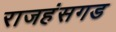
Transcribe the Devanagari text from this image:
राजहंसगड